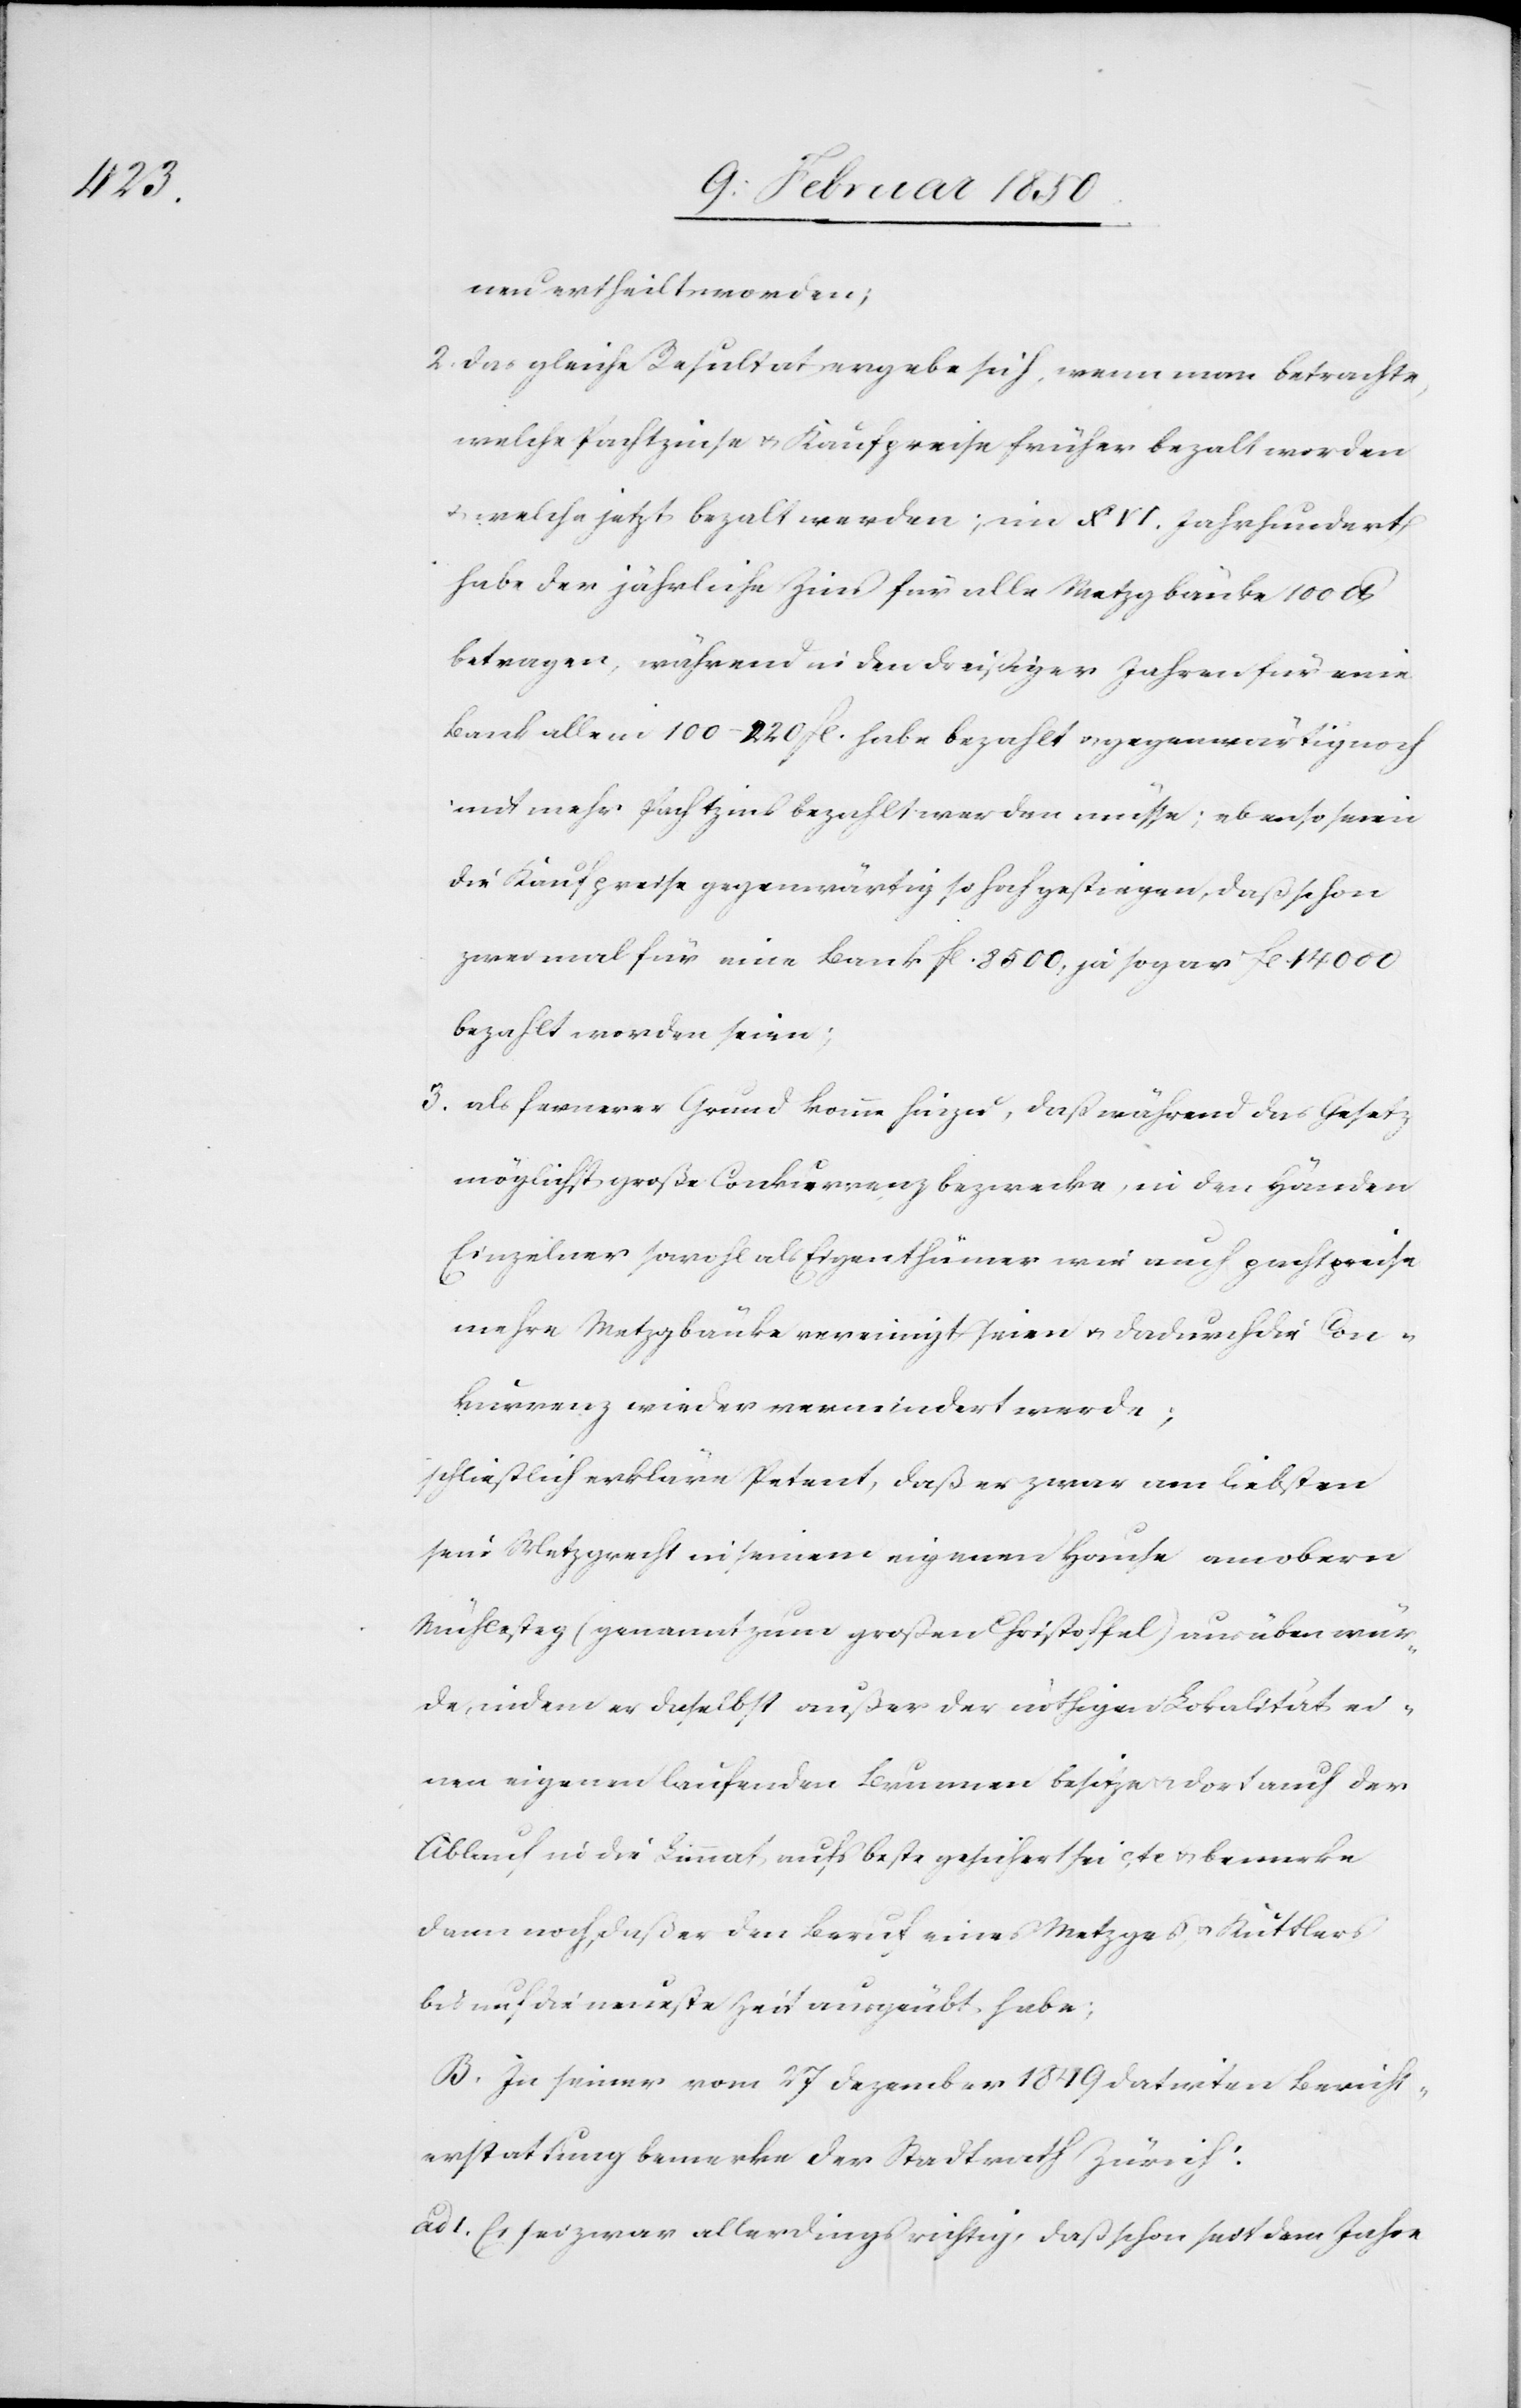
neu ertheilt worden;
2. Das gleiche Resultat ergebe sich, wenn man betrachte,
welche Pachtzinse u. Kaufpreise früher bezalt worden
u.
welche jetzt bezalt werden; im XVI. Jahrhundert
habe der jährliche Zins für alle Metzgbänke 100 At
betragen, während in den dreißiger Jahren für eine
Bank allein 100–220. fl. habe bezahlt u. gegenwärtig noch
mit mehr Pachtzins bezahlt werden müsse; ebenso seien
die Kaufpreise gegenwärtig so hoch gestiegen, daß schon
zwei mal für eine Bank fl. 8500, ja sogar fl. 14000
bezahlt worden seien;
3. als fernerer Grund komme hinzu, daß während das Gesetz
möglichst große Konkurrenz bezwecke, in den Händen
Einzelner sowohl als Eigenthümer wie auch pachtweise
mehrere Metzgbänke vereinigt seien u. dadurch die Con¬
kurrenz wieder vermindert werde;
schließlich erkläre Petent, daß er zwar am liebsten
sein Metzgrecht in seinem eigenen Hause am obern
Mühlesteg (genannt zum großen Christoffel) ausüben wür¬
de, indem er daselbst außer der nöthigen Lokalität ei¬
nen eigenen laufenden Brunnen besitze u. dort auch der
Ablauf in die Limmat aufs beste gesichert etc u. bemerke
dann noch, daß er den Beruf eines Metzge[r]s u. Kuttlers
bis auf die neuste Zeit ausgeübt habe;
B. In seiner vom 27 Dezember 1849 datirten Bericht¬
erstattung bemerke der Stadtrath Zürich:
1. Es sei zwar allerdings richtig, daß schon seit dem Jahre